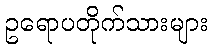
ဥရောပတိုက်သားများ